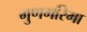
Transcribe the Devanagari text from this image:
गुणगरिमा